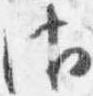
御